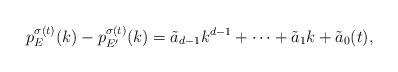
\begin{align*}p_E^{\sigma(t)}(k) - p_{E'}^{\sigma(t)}(k) = \tilde{a}_{d-1} k^{d-1} + \cdots + \tilde{a}_1 k + \tilde{a}_0(t),\end{align*}